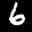
Label: 6